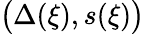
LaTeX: \big(\Delta(\xi),s(\xi)\big)